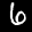
Label: 6